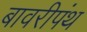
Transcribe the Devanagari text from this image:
बावरीपंथ